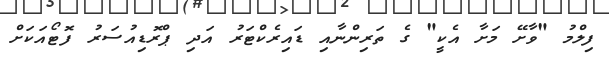
ފިލްމު "ވާށޭ މަށާ އެކީ" ގެ ތަރިންނާއި ޑައިރެކްޓަރު އަދި ޕްރޮޑިއުސަރު ފޮޓޯއަކަށް